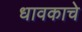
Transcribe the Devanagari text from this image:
धावकाचे